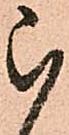
被